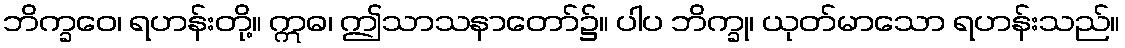
ဘိက္ခဝေ၊ ရဟန်းတို့။ ဣဓ၊ ဤသာသနာတော်၌။ ပါပ ဘိက္ခု၊ ယုတ်မာသော ရဟန်းသည်။